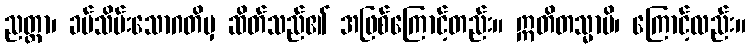
ညတ္တာ၊ ခပ်သိမ်းသောဂတိမှ ဆိတ်သည်၏ အဖြစ်ကြောင့်တည်း။ ဣတိတသ္မာပိ၊ ကြောင့်လည်း။